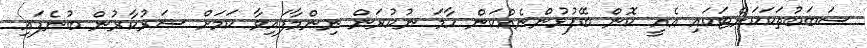
ސަބަބުތަކަކަށްޓަކައި އެއީ ކޮން ބޭފުޅުންނެއްކަން ހާމަ ނުކުރަން ނިންމާފައިވާ ކަމަށް ސަރުކާރުން ބުނެފައި